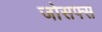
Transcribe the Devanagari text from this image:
जोसफ्स